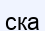
ска